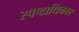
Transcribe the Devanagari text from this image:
स्पष्टाधिकार